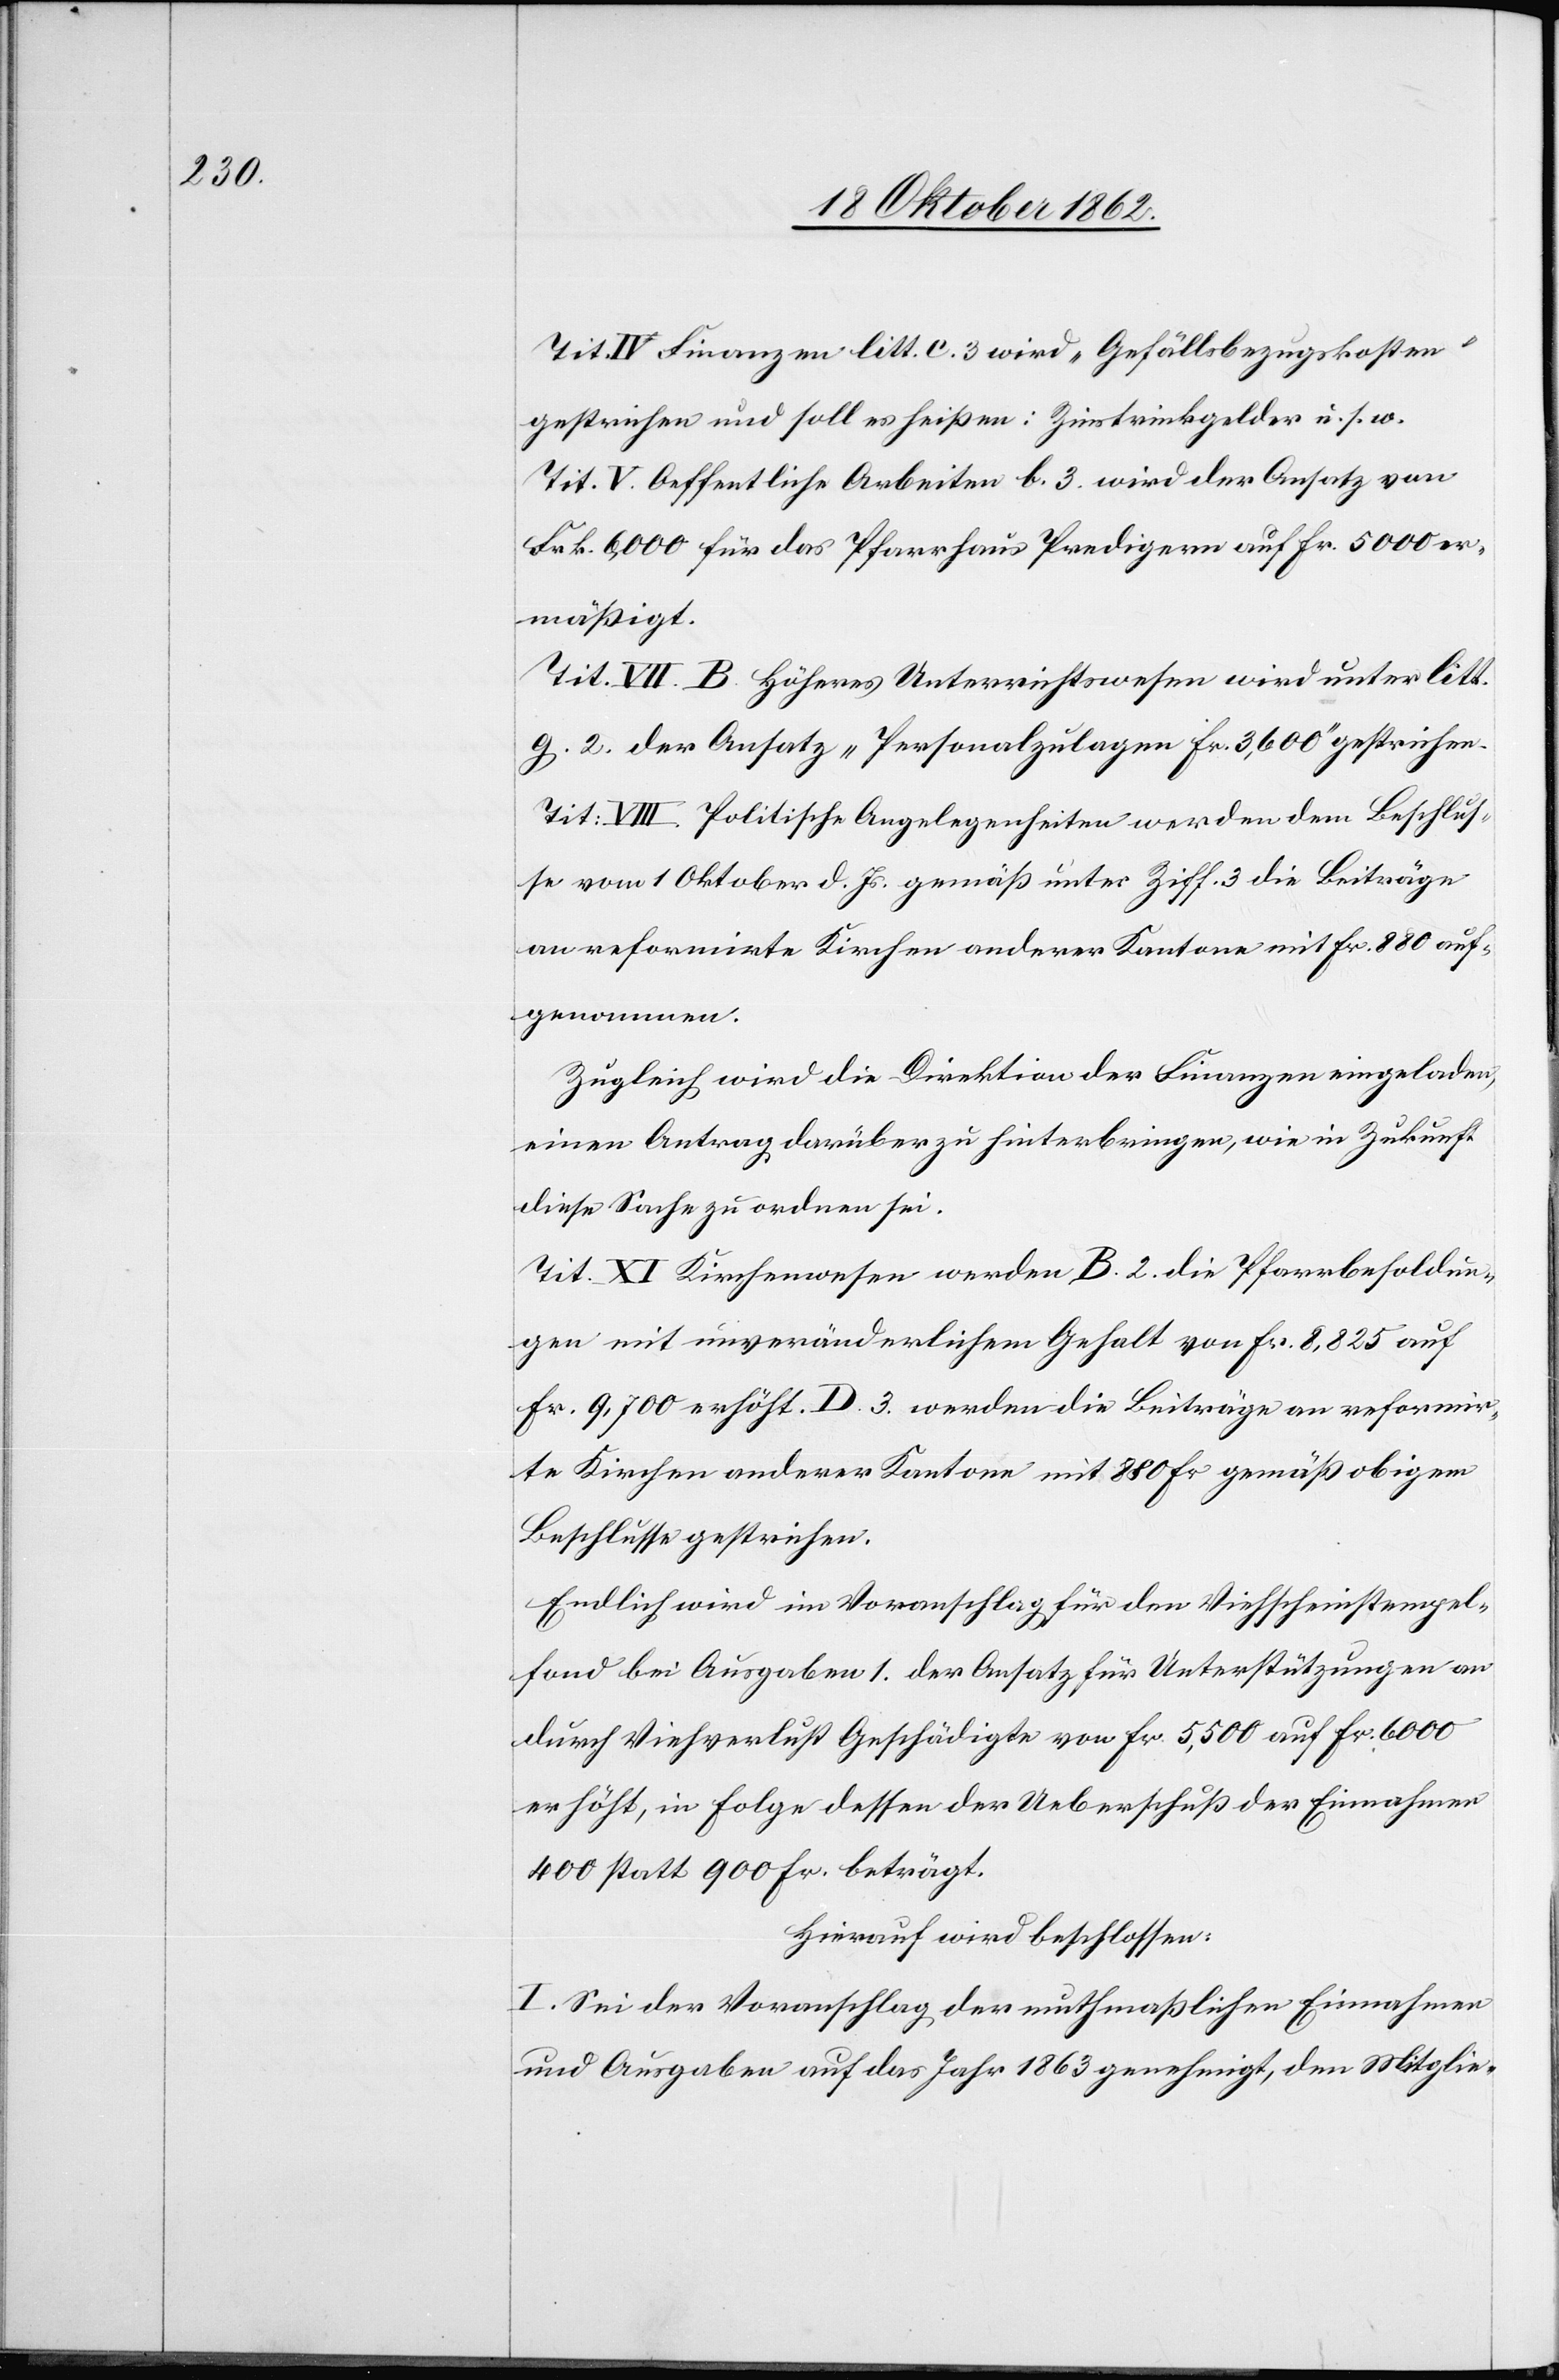
Tit. IV Finanzen litt. c 3 wird „Gefällsbezugskosten“
gestrichen und soll es heißen: Zinstrinkgelder u.s. w.
Tit. V. Oeffentliche Arbeiten b. 3 wird der Ansatz von
Frk. 6,000 für das Pfarrhaus Predigern auf fr. 5000 er¬
mäßigt.
Tit. VII B. Höheres Unterrichtswesen wird unter litt.
g 2 der Ansatz „Personalzulagen fr. 3,600“ gestrichen.
Tit: VIII. Politische Angelegenheiten werden dem Beschlus¬
se vom 1. Oktober d. Js. gemäß unter Ziff. 3 die Beiträge
an reformirte Kirchen anderer Kantone mit Fr. 880 auf¬
genommen.
Zugleich wird die Direktion der Finanzen eingeladen,
einen Antrag darüber zu hinterbringen, wie in Zukunft
diese Sache zu ordnen sei.
Tit. XI Kirchenwesen werden B. 2. die Pfarrbesoldun¬
gen mit unveränderlichem Gehalt von fr. 8,825 auf
fr. 9,700 erhöht. D. 3. werden die Beiträge an reformir¬
te Kirchen anderer Kantone mit 880 fr. gemäß obigem
Beschlusse gestrichen.
Endlich wird im Voranschlag für den Viehscheinstempel¬
fond bei Ausgaben 1 der Ansatz für Unterstützungen an
durch Viehverlust Geschädigte von fr. 5,500 auf fr. 6000
erhöht, in Folge dessen der Ueberschuß der Einnahmen
400 statt 900 fr. beträgt.
Hierauf wird beschlossen:
I. Sei der Voranschlag der muthmaßlichen Einnahmen
und Ausgaben auf das Jahr 1863 genehmigt, den Mitglie-